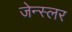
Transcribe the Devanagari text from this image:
जेन्स्लर